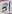
Text: 5